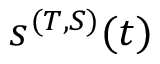
s ^ { ( T , S ) } ( t )